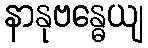
နာနုဗန္ဓေယျ